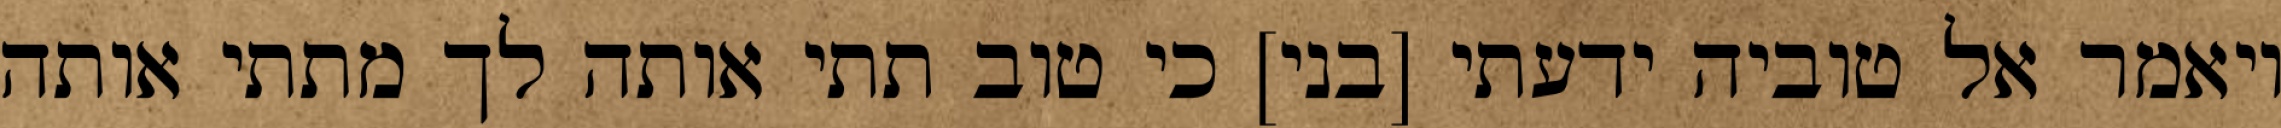
ויאמר אל טוביה ידעתי [בני] כי טוב תתי אותה לך מתתי אותה